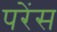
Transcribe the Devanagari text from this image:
परेंस